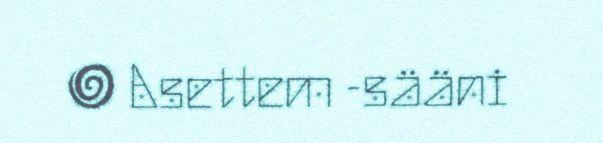
● Asettem -sääni